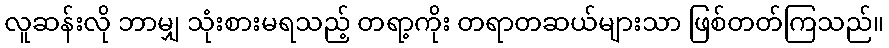
လူဆန်းလို ဘာမျှ သုံးစားမရသည့် တရာ့ကိုး တရာတဆယ်များသာ ဖြစ်တတ်ကြသည်။